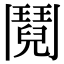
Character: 鬩